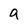
Character: a